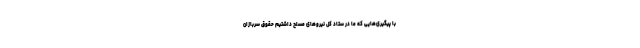
با پیگیری‌هایی که ما در ستاد کل نیروهای مسلح داشتیم حقوق سربازان